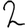
Digit: 2